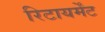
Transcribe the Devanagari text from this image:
रिटायर्मेंट